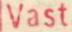
Vast